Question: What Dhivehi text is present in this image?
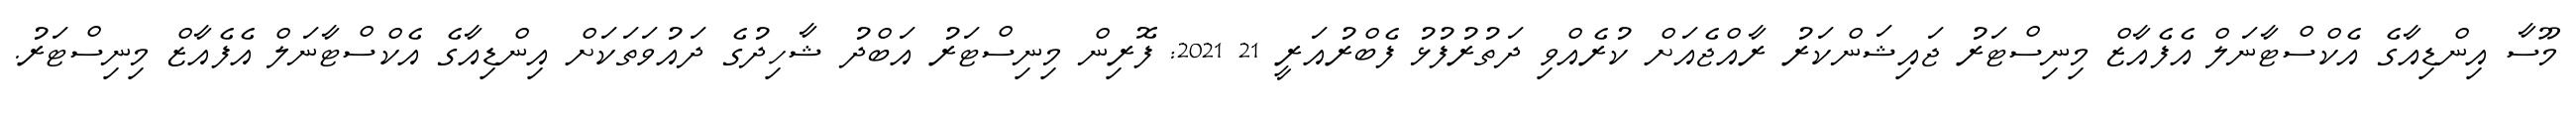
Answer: މޫސާ އިންޑިއާގެ އެކްސްޓާނަލް އެފެއާޒް މިނިސްޓަރު ޖައިޝަންކަރު ރާއްޖެއަށް ކުރެއްވި ދަތުރުފުޅު ފެބްރުއަރީ 21 2021: ފޮރިން މިނިސްޓަރު އަބްދު ޝާހިދުގެ ދައުވަތަކަށް އިންޑިއާގެ އެކްސްޓާނަލް އެފެއާޒް މިނިސްޓަރު.